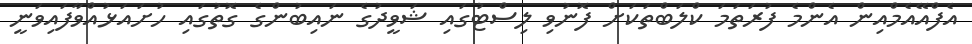
އެފްއޭއެމްއިން އެންމެ ފުރަތަމަ ކްލަބްތަކަށް ފޮނުވި ލިސްޓުގައި ޝަވީދުގެ ނައިބުންގެ ގޮތުގައި ހުށައަޅުއްވާފައިވަނީ